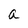
Character: a